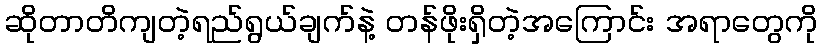
ဆိုတာတိကျတဲ့ရည်ရွယ်ချက်နဲ့ တန်ဖိုးရှိတဲ့အကြောင်း အရာတွေကို